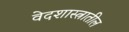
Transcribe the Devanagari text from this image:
वेदशास्त्रातील